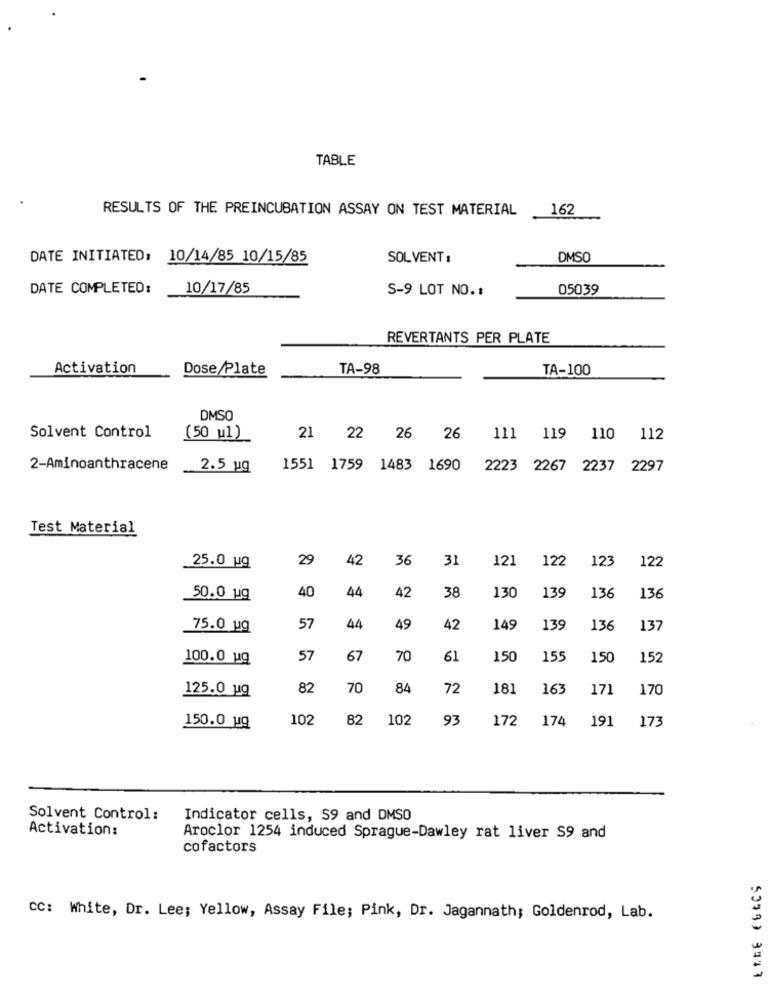
TABLE
RESULTS OF THE PREINCUBATION ASSAY ON TEST MATERIAL
162
DATE INITIATED: 10/14/85 10/15/85
SOLVENT:
DMSO
DATE COMPLETED:
10/17/85
S-9 LOT NO. :
05039
REVERTANTS PER PLATE
Activation
Dose/Plate
TA-98
TA-100
DMSO
Solvent Control
(50 w1)
21 22 26 26 111 119 110 112
2-Aminoanthracene
2.5 ug
1551 1759 1483 1690 2223 2267 2237 2297
Test Material
29
42
36
31
121
122
123
122
25.0 ug
139
50.0 ug
40
44
42
38
130
136
136
75.0 ug
57
44
49
42
149
139
136
137
100.0 ug
57
67
70
61
150
155
150
152
82
70
84
72
181
163
171
170
125.0 ug
102
82
102
93
172
174
191
173
150.0 19
Solvent Control:
Indicator cells, 59 and DMSO
Activation:
Aroclor 1254 induced Sprague-Dawley rat liver S9 and
cofactors
CC: White, Dr. Lee; Yellow, Assay File; Pink, Dr. Jagannath; Goldenrod, Lab.